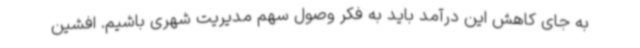
به جای کاهش این درآمد باید به فکر وصول سهم مدیریت شهری باشیم. افشین